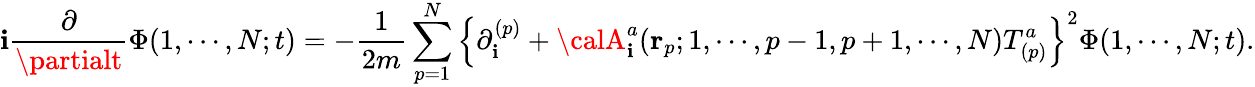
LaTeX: \mathbf{i}\frac{{\partial}}{{\partialt}}\Phi(1,\cdots,N;t)=-\frac{{1}}{{2m}}\sum_{p=1}^{N}\left\{ \partial_{\mathbf{i}}^{(p)}+{\calA}_{\mathbf{i}}^{a}({\mathbf{r}}_{p};1,\cdots,p-1,p+1,\cdots,N)T_{(p)}^{a}\right\} ^{2}\Phi(1,\cdots,N;t).